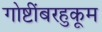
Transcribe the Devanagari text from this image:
गोष्टींबरहुकूम